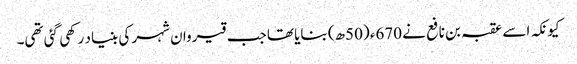
کیونکہ اسے عقبہ بن نافع نے 670ء (50ھ) بنایا تھا جب قیروان شہر کی بنیاد رکھی گئی تھی۔